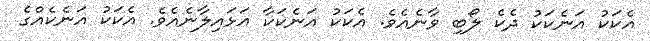
އެކަކު އަނެކަކު ދެކެ ލޯބި ވާނެއެވެ. އެކަކު އަނެކަކާ އަޅައިލާނެއެވެ. އެކަކު އަނެކެއްގެ